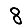
Digit: 8